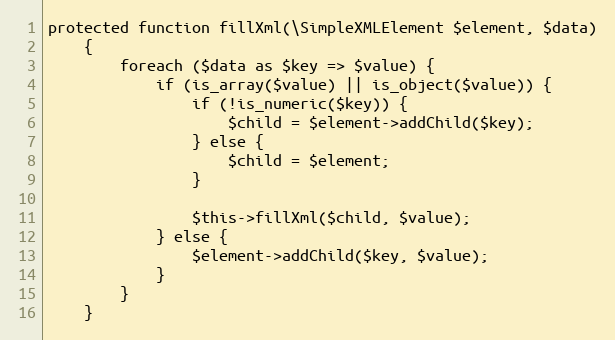
Language: PHP
protected function fillXml(\SimpleXMLElement $element, $data)
    {
        foreach ($data as $key => $value) {
            if (is_array($value) || is_object($value)) {
                if (!is_numeric($key)) {
                    $child = $element->addChild($key);
                } else {
                    $child = $element;
                }

                $this->fillXml($child, $value);
            } else {
                $element->addChild($key, $value);
            }
        }
    }